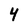
Character: 4